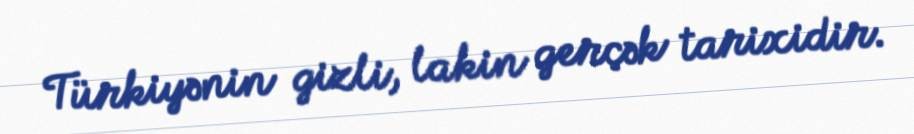
Türkiyənin gizli, lakin gerçək tarixidir.